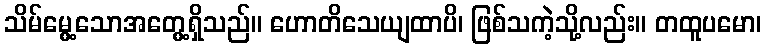
သိမ်မွေ့သောအတွေ့ရှိသည်။ ဟောတိသေယျထာပိ၊ ဖြစ်သကဲ့သို့လည်း။ တထူပမော၊